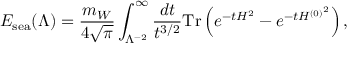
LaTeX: E _ { \mathrm { s e a } } ( \Lambda ) = { \frac { m _ { W } } { 4 \sqrt { \pi } } } \int _ { \Lambda ^ { - 2 } } ^ { \infty } { \frac { d t } { t ^ { 3 / 2 } } } \mathrm { T r } \left( e ^ { - t { \cal H } ^ { 2 } } - e ^ { - t { { \cal H } ^ { ( 0 ) } } ^ { 2 } } \right) ,